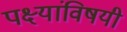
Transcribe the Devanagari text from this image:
पक्ष्यांविषयी